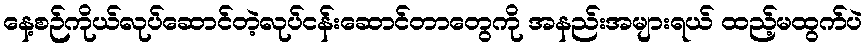
နေ့စဉ်ကိုယ်လုပ်ဆောင်တဲ့လုပ်ငန်းဆောင်တာတွေကို အနည်းအများရယ် ထည့်မထွက်ပဲ